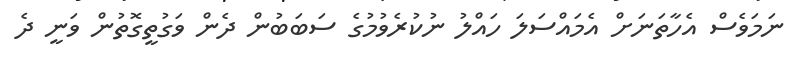
ނަމަވެސް އެހާތަނަށް އެމައްސަލަ ހައްލު ނުކުރެވުމުގެ ސަބަބުން ދެން ވަގުތީގޮތުން ވަނީ ދެ